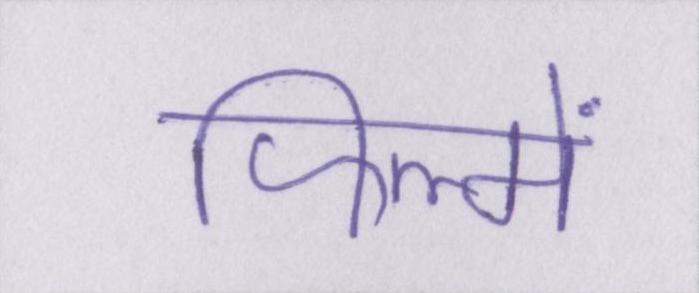
फिल्में